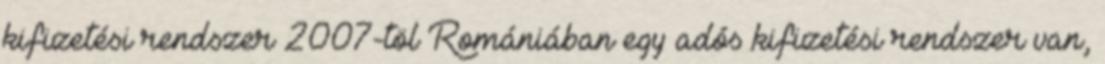
kifizetési rendszer 2007-töl Romániában egy adós kifizetési rendszer van,